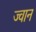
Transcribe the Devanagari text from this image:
ज्वान